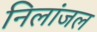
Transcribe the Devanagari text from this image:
निलांजल